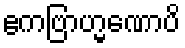
ဧကဗြာဟ္မဏောပိ